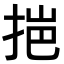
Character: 𭠼